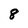
Character: 8